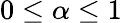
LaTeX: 0\le\alpha\le 1